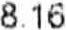
8.16